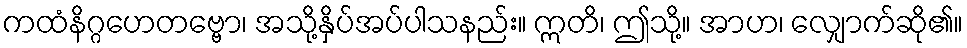
ကထံနိဂ္ဂဟေတဗ္ဗော၊ အသို့နှိပ်အပ်ပါသနည်း။ ဣတိ၊ ဤသို့။ အာဟ၊ လျှောက်ဆို၏။